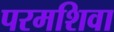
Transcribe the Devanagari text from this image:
परमशिवा